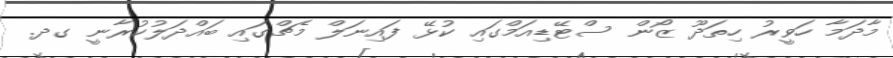
މާދަމާ ހަވީރު ހިތަދޫ ޒޯން ސްޓޭޑިއަމްގައި ކުޅޭ ފައިނަލް މެޗްގައި ބައްދަލުކުރާނީ ގދ.